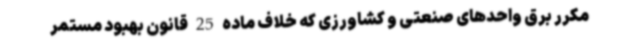
مکرر برق واحدهای صنعتی و کشاورزی که خلاف ماده 25 قانون بهبود مستمر